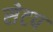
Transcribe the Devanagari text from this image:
सेटप